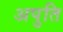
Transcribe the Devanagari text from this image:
अपुति